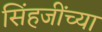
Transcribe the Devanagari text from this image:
सिंहजींच्या